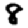
Digit: 8